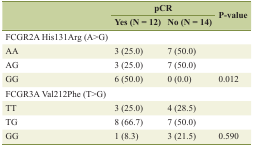
<table><thead><tr><td rowspan="2"></td><td colspan="2"><b>pCR</b></td><td rowspan="2"><b>P-value</b></td></tr><tr><td><b>Yes (N = 12)</b></td><td><b>No (N = 14)</b></td></tr></thead><tbody><tr><td>FCGR2A His131Arg (A&gt;G)</td><td></td><td></td><td></td></tr><tr><td>AA</td><td>3 (25.0)</td><td>7 (50.0)</td><td></td></tr><tr><td>AG</td><td>3 (25.0)</td><td>7 (50.0)</td><td></td></tr><tr><td>GG</td><td>6 (50.0)</td><td>0 (0.0)</td><td>0.012</td></tr><tr><td>FCGR3A Val212Phe (T&gt;G)</td><td></td><td></td><td></td></tr><tr><td>TT</td><td>3 (25.0)</td><td>4 (28.5)</td><td></td></tr><tr><td>TG</td><td>8 (66.7)</td><td>7 (50.0)</td><td></td></tr><tr><td>GG</td><td>1 (8.3)</td><td>3 (21.5)</td><td>0.590</td></tr></tbody></table>